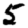
Digit: 5